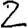
Digit: 2